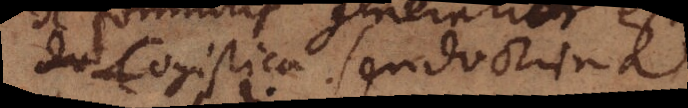
Logistica seu doctrina